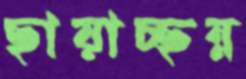
ছায়াচ্ছন্ন